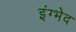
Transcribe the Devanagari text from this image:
इंग्भेद